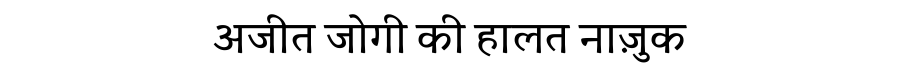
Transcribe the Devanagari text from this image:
अजीत जोगी की हालत नाज़ुक